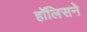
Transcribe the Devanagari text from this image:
हॉलिसने